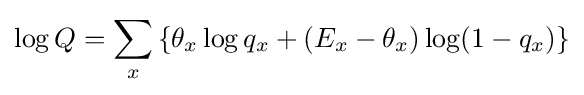
\log Q=\sum _{x}\left\{\theta _{x}\log q_{x}+(E_{x}-\theta _{x})\log(1-q_{x})\right\}